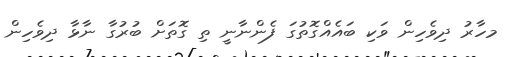
މހާރު ދިވެހިން ވަކި ބައެއްގޮތުގަ ފެންނާނީ ތި ގޮތަށް ބުރުގާ ނާޅާ ދިވެހިން